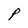
Character: P